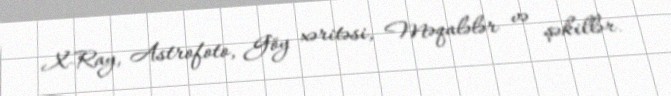
X-Ray, Astrofoto, Göy xəritəsi, Məqalələr və şəkillər.